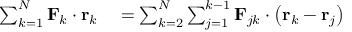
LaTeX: \begin{array} { r l } { \sum _ { k = 1 } ^ { N } \mathbf { F } _ { k } \cdot \mathbf { r } _ { k } } & { { } = \sum _ { k = 2 } ^ { N } \sum _ { j = 1 } ^ { k - 1 } \mathbf { F } _ { j k } \cdot \left( \mathbf { r } _ { k } - \mathbf { r } _ { j } \right) } \end{array}